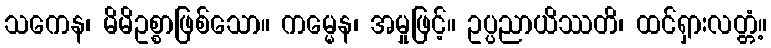
သကေန၊ မိမိဥစ္စာဖြစ်သော။ ကမ္မေန၊ အမှုဖြင့်။ ဥပ္ပညာယိဿတိ၊ ထင်ရှားလတ္တံ့။